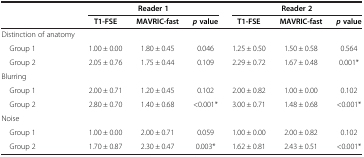
<table><thead><tr><td rowspan="2">[EMPTY_CELL]</td><td colspan="3"><b>Reader 1</b></td><td colspan="3"><b>Reader 2</b></td></tr><tr><td><b>T1-FSE</b></td><td><b>MAVRIC-fast</b></td><td><b><i>p</i>value</b></td><td><b>T1-FSE</b></td><td><b>MAVRIC-fast</b></td><td><b><i>p</i>value</b></td></tr></thead><tbody><tr><td>Distinction of anatomy</td><td>[EMPTY_CELL]</td><td>[EMPTY_CELL]</td><td>[EMPTY_CELL]</td><td>[EMPTY_CELL]</td><td>[EMPTY_CELL]</td><td>[EMPTY_CELL]</td></tr><tr><td> Group 1</td><td>1.00 ± 0.00</td><td>1.80 ± 0.45</td><td>0.046</td><td>1.25 ± 0.50</td><td>1.50 ± 0.58</td><td>0.564</td></tr><tr><td> Group 2</td><td>2.05 ± 0.76</td><td>1.75 ± 0.44</td><td>0.109</td><td>2.29 ± 0.72</td><td>1.67 ± 0.48</td><td>0.001*</td></tr><tr><td>Blurring</td><td>[EMPTY_CELL]</td><td>[EMPTY_CELL]</td><td>[EMPTY_CELL]</td><td>[EMPTY_CELL]</td><td>[EMPTY_CELL]</td><td>[EMPTY_CELL]</td></tr><tr><td> Group 1</td><td>2.00 ± 0.71</td><td>1.20 ± 0.45</td><td>0.102</td><td>2.00 ± 0.82</td><td>1.00 ± 0.00</td><td>0.102</td></tr><tr><td> Group 2</td><td>2.80 ± 0.70</td><td>1.40 ± 0.68</td><td>&lt;0.001*</td><td>3.00 ± 0.71</td><td>1.48 ± 0.68</td><td>&lt;0.001*</td></tr><tr><td>Noise</td><td>[EMPTY_CELL]</td><td>[EMPTY_CELL]</td><td>[EMPTY_CELL]</td><td>[EMPTY_CELL]</td><td>[EMPTY_CELL]</td><td>[EMPTY_CELL]</td></tr><tr><td> Group 1</td><td>1.00 ± 0.00</td><td>2.00 ± 0.71</td><td>0.059</td><td>1.00 ± 0.00</td><td>2.00 ± 0.82</td><td>0.102</td></tr><tr><td> Group 2</td><td>1.70 ± 0.87</td><td>2.30 ± 0.47</td><td>0.003*</td><td>1.62 ± 0.81</td><td>2.43 ± 0.51</td><td>&lt;0.001*</td></tr></tbody></table>